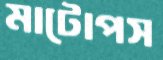
মাটোপস